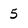
Character: 5